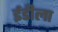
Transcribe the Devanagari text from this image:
ईडीला